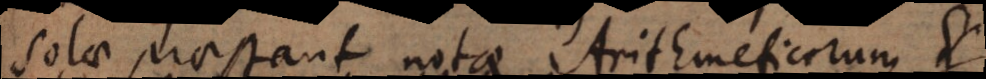
solae praestant notae Arithmeticorum